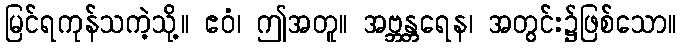
မြင်ရကုန်သကဲ့သို့။ ဧဝံ၊ ဤအတူ။ အဗ္ဘန္တရေန၊ အတွင်း၌ဖြစ်သော။